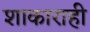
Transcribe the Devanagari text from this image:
शाकाराही